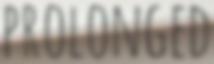
PROLONGED